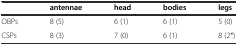
|  | antennae | head | bodies | legs |
 | --- | --- | --- | --- | --- |
 | OBPs | 8 (5) | 6 (1) | 6 (1) | 5 (0) |
 | CSPs | 8 (3) | 7 (0) | 6 (1) | 8 (2*) |